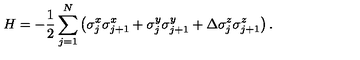
H = - \frac { 1 } { 2 } \sum _ { j = 1 } ^ { N } \left( \sigma _ { j } ^ { x } \sigma _ { j + 1 } ^ { x } + \sigma _ { j } ^ { y } \sigma _ { j + 1 } ^ { y } + \Delta \sigma _ { j } ^ { z } \sigma _ { j + 1 } ^ { z } \right) .